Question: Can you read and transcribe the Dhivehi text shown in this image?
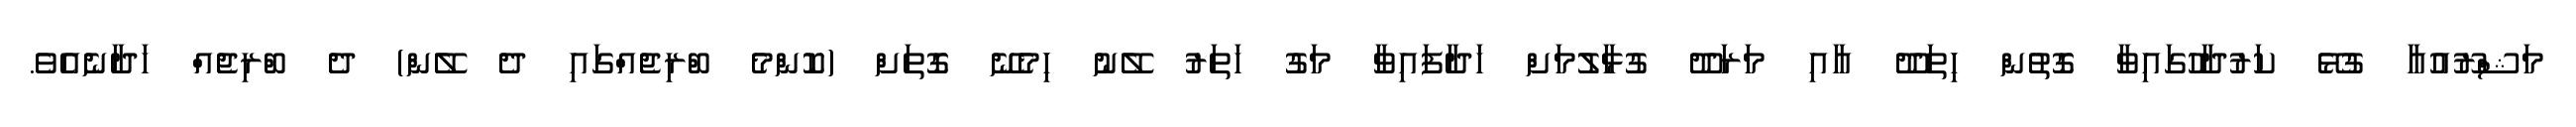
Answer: މަޝްރޫއުއާ ގުޅޭ ކަރުދާހުގައިވާ ގޮތުން ހިތަދޫ އާއި މަރަދޫ ގުޅާލުމަށް ހަދާފައިވާ މަގު ހަތަރު ލޭނު ހިމެނޭ ގޮތަށް (ކޮންމެ ބްރިޖެއްގައި ދެ ލޭން) ދެ ބްރިޖެއް ހަދާނެއެވެ.